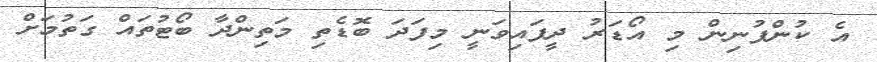
އެ ކުންފުނިން މި އޯޑަރު ދީފައިވަނީ މިފަދަ ބޮޑެތި މަތިންދާ ބޯޓުތައް ގަތުމަށް